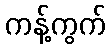
ကန့်ကွက်